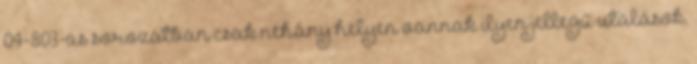
04-803-as sorozatban csak néhány helyen vannak ilyen jellegű utalások.